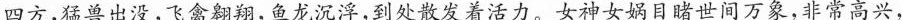
四方，猛兽出没，飞禽翱翔，鱼龙沉浮，到处散发着活力。女神女娲目睹世间万象，非常高兴，